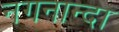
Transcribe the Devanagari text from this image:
नगनान्दा